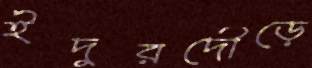
ইঁদুরদৌড়ে